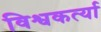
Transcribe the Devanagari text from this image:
विश्वकर्त्या